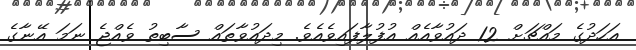
އަހަދުގެ މައްޗަށް 12 ދައުވާއެއް އުފުލާފައިވެއެވެ. މިދައުވާތައް ސާބިތު ވެއްޖެ ނަމަ އޭނާގެ